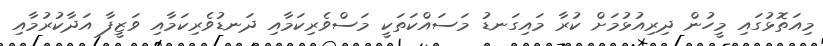
މިއަތޮޅުގައި މީހުން ދިރިއުޅުމަށް ކުރާ މައިގަނޑު މަސައްކަތަކީ މަސްވެރިކަމާއި ދަނޑުވެރިކަމާއި ވަޒީފާ އަދާކުރުމާއި